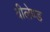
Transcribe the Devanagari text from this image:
वीलेण्ड